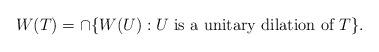
LaTeX: \begin{align*}W(T) = \cap \{ W(U): U \hbox{ is a unitary dilation of } T\}.\end{align*}